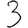
Digit: 3